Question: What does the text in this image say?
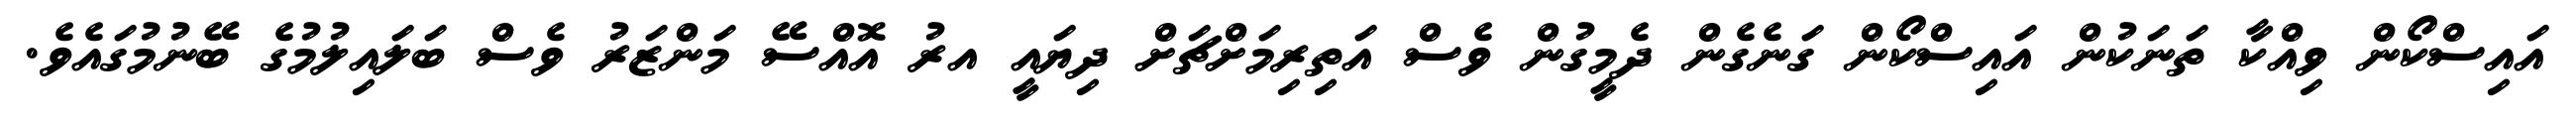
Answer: އައިސްކޯން ވިއްކާ ތަނަކުން އައިސްކޯން ގަނެގެން ދެމީގުން ވެސް އަތިރިމަށްޗަށް ދިޔައީ އރު އޮއްސޭ މަންޒަރު ވެސް ބަލައިލުމުގެ ބޭނުމުގައެވެ.